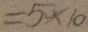
= 5 \times 1 0